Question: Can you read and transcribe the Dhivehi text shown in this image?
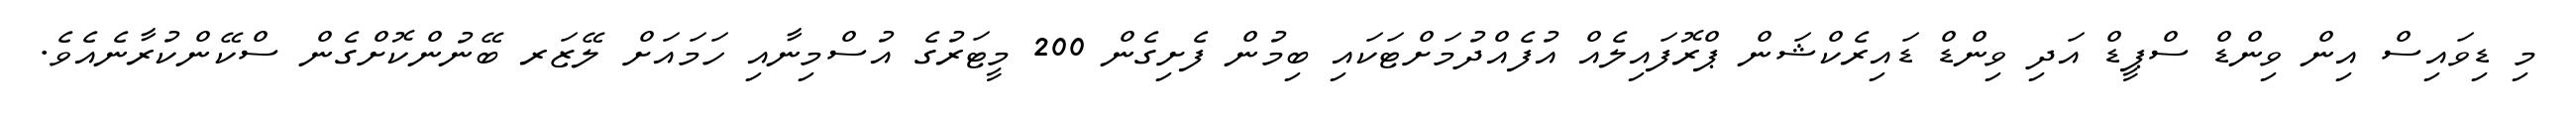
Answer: މި ޑިވައިސް އިން ވިންޑް ސްޕީޑް އަދި ވިންޑް ޑައިރެކްޝަން ޕްރޮފައިލެއް އުފެއްދުމަށްޓަކައި ބިމުން ފެށިގެން 200 މީޓަރުގެ އުސްމިނާއި ހަމައަށް ލޭޒަރ ބޭނުންކޮށްގެން ސްކޭންކުރާނެއެވެ.